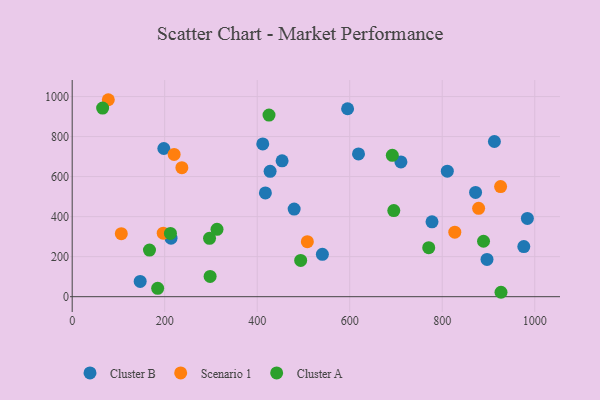
{"axis": {"x": "Price", "y": "Rating"}, "legend": ["Cluster A", "Cluster B", "Scenario 1"], "data": [{"x": "213.7", "y": 292.4, "type": "Cluster B"}, {"x": "417.7", "y": 518.3, "type": "Cluster B"}, {"x": "872.1", "y": 521.0, "type": "Cluster B"}, {"x": "976.4", "y": 250.4, "type": "Cluster B"}, {"x": "984.1", "y": 391.3, "type": "Cluster B"}, {"x": "540.9", "y": 211.6, "type": "Cluster B"}, {"x": "412.0", "y": 763.2, "type": "Cluster B"}, {"x": "896.8", "y": 186.1, "type": "Cluster B"}, {"x": "595.4", "y": 939.1, "type": "Cluster B"}, {"x": "619.0", "y": 713.3, "type": "Cluster B"}, {"x": "427.9", "y": 626.5, "type": "Cluster B"}, {"x": "479.9", "y": 437.8, "type": "Cluster B"}, {"x": "777.9", "y": 374.2, "type": "Cluster B"}, {"x": "198.1", "y": 740.5, "type": "Cluster B"}, {"x": "453.8", "y": 678.8, "type": "Cluster B"}, {"x": "912.8", "y": 775.4, "type": "Cluster B"}, {"x": "811.0", "y": 626.9, "type": "Cluster B"}, {"x": "710.7", "y": 673.4, "type": "Cluster B"}, {"x": "147.0", "y": 76.3, "type": "Cluster B"}, {"x": "878.7", "y": 441.3, "type": "Scenario 1"}, {"x": "196.8", "y": 317.5, "type": "Scenario 1"}, {"x": "508.4", "y": 274.9, "type": "Scenario 1"}, {"x": "106.2", "y": 315.0, "type": "Scenario 1"}, {"x": "220.4", "y": 710.8, "type": "Scenario 1"}, {"x": "926.2", "y": 550.0, "type": "Scenario 1"}, {"x": "827.2", "y": 322.6, "type": "Scenario 1"}, {"x": "78.1", "y": 984.1, "type": "Scenario 1"}, {"x": "237.1", "y": 644.5, "type": "Scenario 1"}, {"x": "167.1", "y": 232.8, "type": "Cluster A"}, {"x": "695.3", "y": 430.4, "type": "Cluster A"}, {"x": "494.0", "y": 181.3, "type": "Cluster A"}, {"x": "889.3", "y": 277.0, "type": "Cluster A"}, {"x": "298.2", "y": 101.3, "type": "Cluster A"}, {"x": "425.5", "y": 907.6, "type": "Cluster A"}, {"x": "184.8", "y": 41.6, "type": "Cluster A"}, {"x": "770.8", "y": 245.1, "type": "Cluster A"}, {"x": "296.9", "y": 291.6, "type": "Cluster A"}, {"x": "692.1", "y": 706.4, "type": "Cluster A"}, {"x": "65.8", "y": 942.6, "type": "Cluster A"}, {"x": "212.4", "y": 315.9, "type": "Cluster A"}, {"x": "927.1", "y": 22.1, "type": "Cluster A"}, {"x": "313.1", "y": 336.6, "type": "Cluster A"}]}